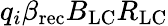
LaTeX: q_{i}\beta_{\mathrm{rec}}B_{\mathrm{LC}}R_{\mathrm{LC}}